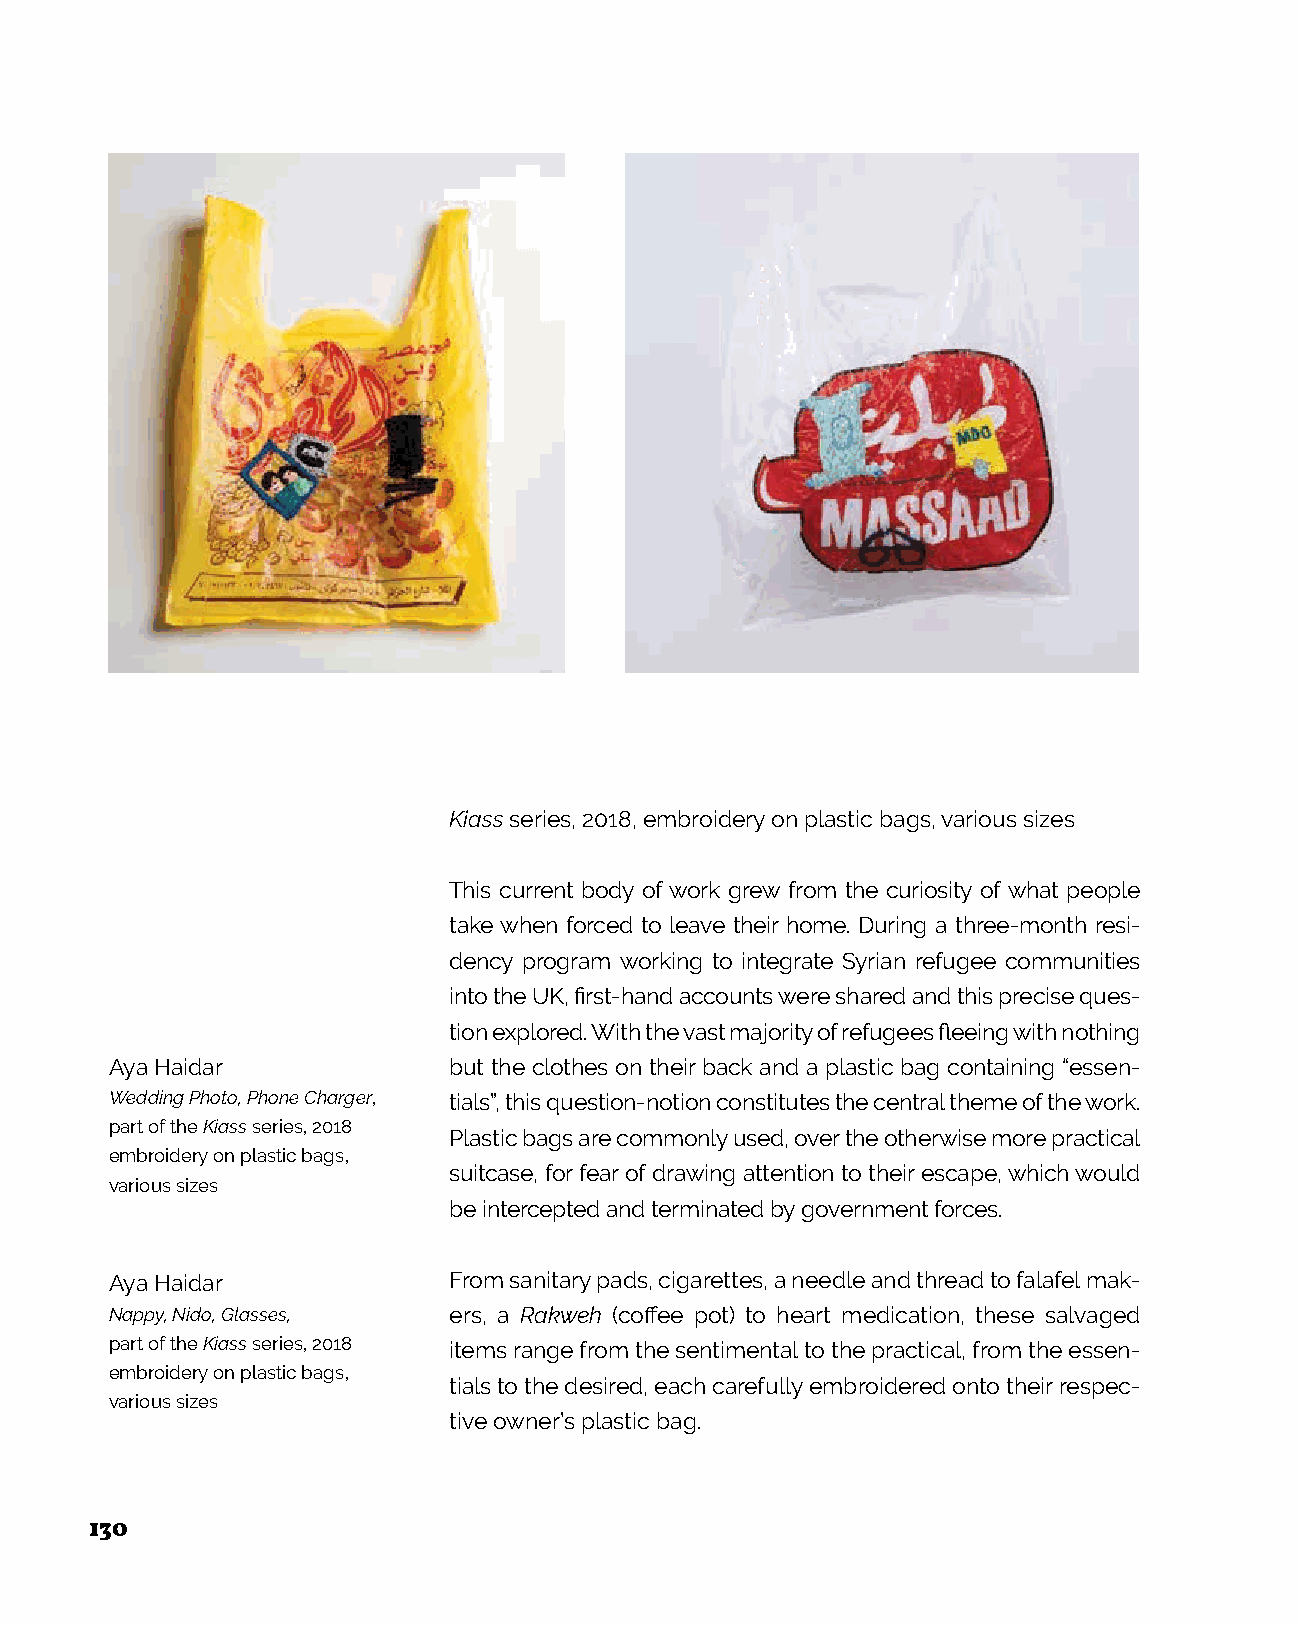
Kiass series, 2018, embroidery on plastic bags, various sizes
 This current body of work grew from the curiosity of what people
 take when forced to leave their home. During a three-month resi-
 dency program working to integrate Syrian refugee communities
 into the UK, first-hand accounts were shared and this precise ques-
 tion explored. With the vast majority of refugees fleeing with nothing
 Aya Haidar             but the clothes on their back and a plastic bag containing “essen-
 Wedding Photo, Phone Charger, tials”, this question-notion constitutes the central theme of the work.
 part of the Kiass series, 2018
 Plastic bags are commonly used, over the otherwise more practical
 embroidery on plastic bags,
 suitcase, for fear of drawing attention to their escape, which would
 various sizes
 be intercepted and terminated by government forces.
 Aya Haidar             From sanitary pads, cigarettes, a needle and thread to falafel mak-
 Nappy, Nido, Glasses,  ers, a Rakweh (coffee pot) to heart medication, these salvaged
 part of the Kiass series, 2018 items range from the sentimental to the practical, from the essen-
 embroidery on plastic bags,
 tials to the desired, each carefully embroidered onto their respec-
 various sizes
 tive owner’s plastic bag.
 130